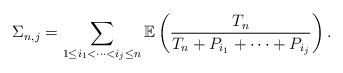
LaTeX: \begin{align*}\Sigma_{n,j}= \sum_{1 \le i_1 < \cdots < i_j \le n } \mathbb{E} \left( \frac{T_n} {T_n + P_{i_1} + \cdots + P_{i_j} } \right).\end{align*}